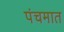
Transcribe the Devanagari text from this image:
पंचमात